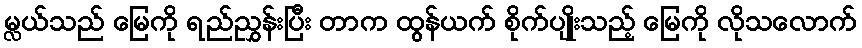
မ္လယ်သည် မြေကို ရည်ညွှန်းပြီး တာက ထွန်ယက် စိုက်ပျိုးသည့် မြေကို လိုသလောက်